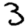
Digit: 3